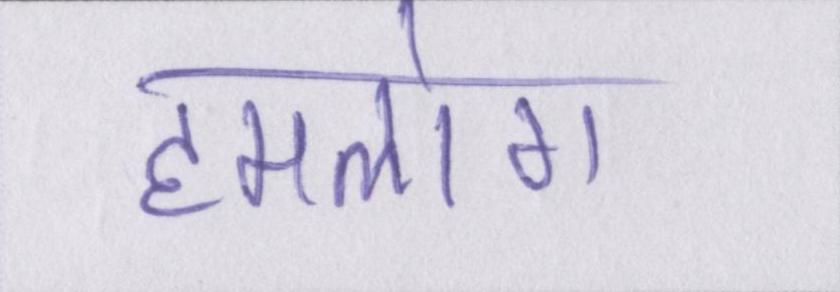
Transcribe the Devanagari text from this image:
हमलोग